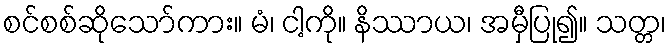
စင်စစ်ဆိုသော်ကား။ မံ၊ ငါ့ကို။ နိဿာယ၊ အမှီပြု၍။ သတ္တ၊